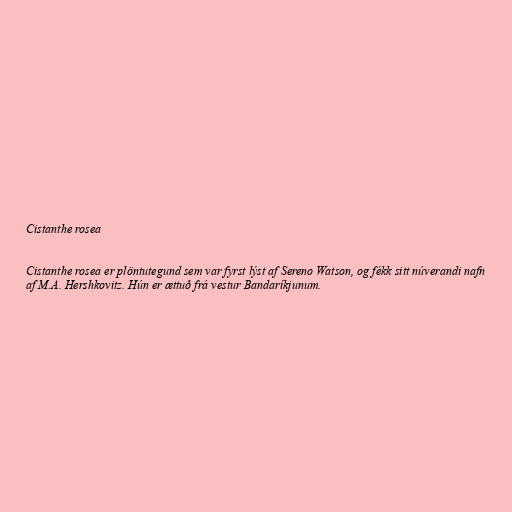
Cistanthe rosea

Cistanthe rosea er plöntutegund sem var fyrst lýst af Sereno Watson, og fékk sitt núverandi nafn
af M.A. Hershkovitz. Hún er ættuð frá vestur Bandaríkjunum.